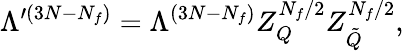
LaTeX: \Lambda^{\prime(3N-N_{f})}=\Lambda^{(3N-N_{f})}Z_{Q}^{N_{f}/2}Z_{\tilde{Q}}^{N_{f}/2},